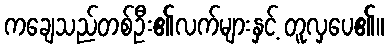
ကချေသည်တစ်ဦး၏လက်များနှင့် တူလှပေ၏။